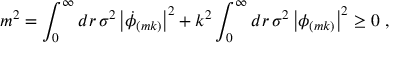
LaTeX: m ^ { 2 } = \int _ { 0 } ^ { \infty } d r \, \sigma ^ { 2 } \left| \dot { \phi } _ { ( m k ) } \right| ^ { 2 } + k ^ { 2 } \int _ { 0 } ^ { \infty } d r \, \sigma ^ { 2 } \left| \phi _ { ( m k ) } \right| ^ { 2 } \ge 0 ~ ,